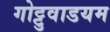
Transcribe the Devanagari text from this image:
गोट्टुवाडयम